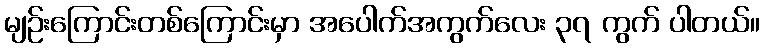
မျဉ်းကြောင်းတစ်ကြောင်းမှာ အပေါက်အကွက်လေး ၃၇ ကွက် ပါတယ်။